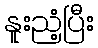
နူးညံ့ပြီး